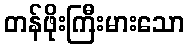
တန်ဖိုးကြီးမားသော